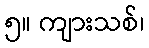
၅။ ကျားသစ်၊